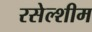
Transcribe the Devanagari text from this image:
रसेल्शीम